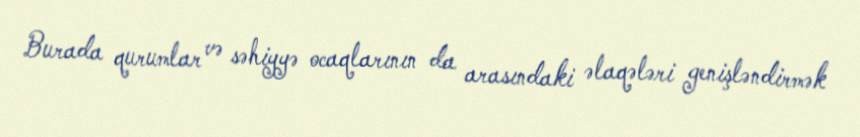
Burada qurumlar və səhiyyə ocaqlarının da arasındaki əlaqələri genişləndirmək